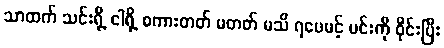
သာထက် သင်းရို့ ငါရို့ စကားတတ် မတတ် မသိ ရပေမင့် မင်းကို ဝိုင်းပြီး